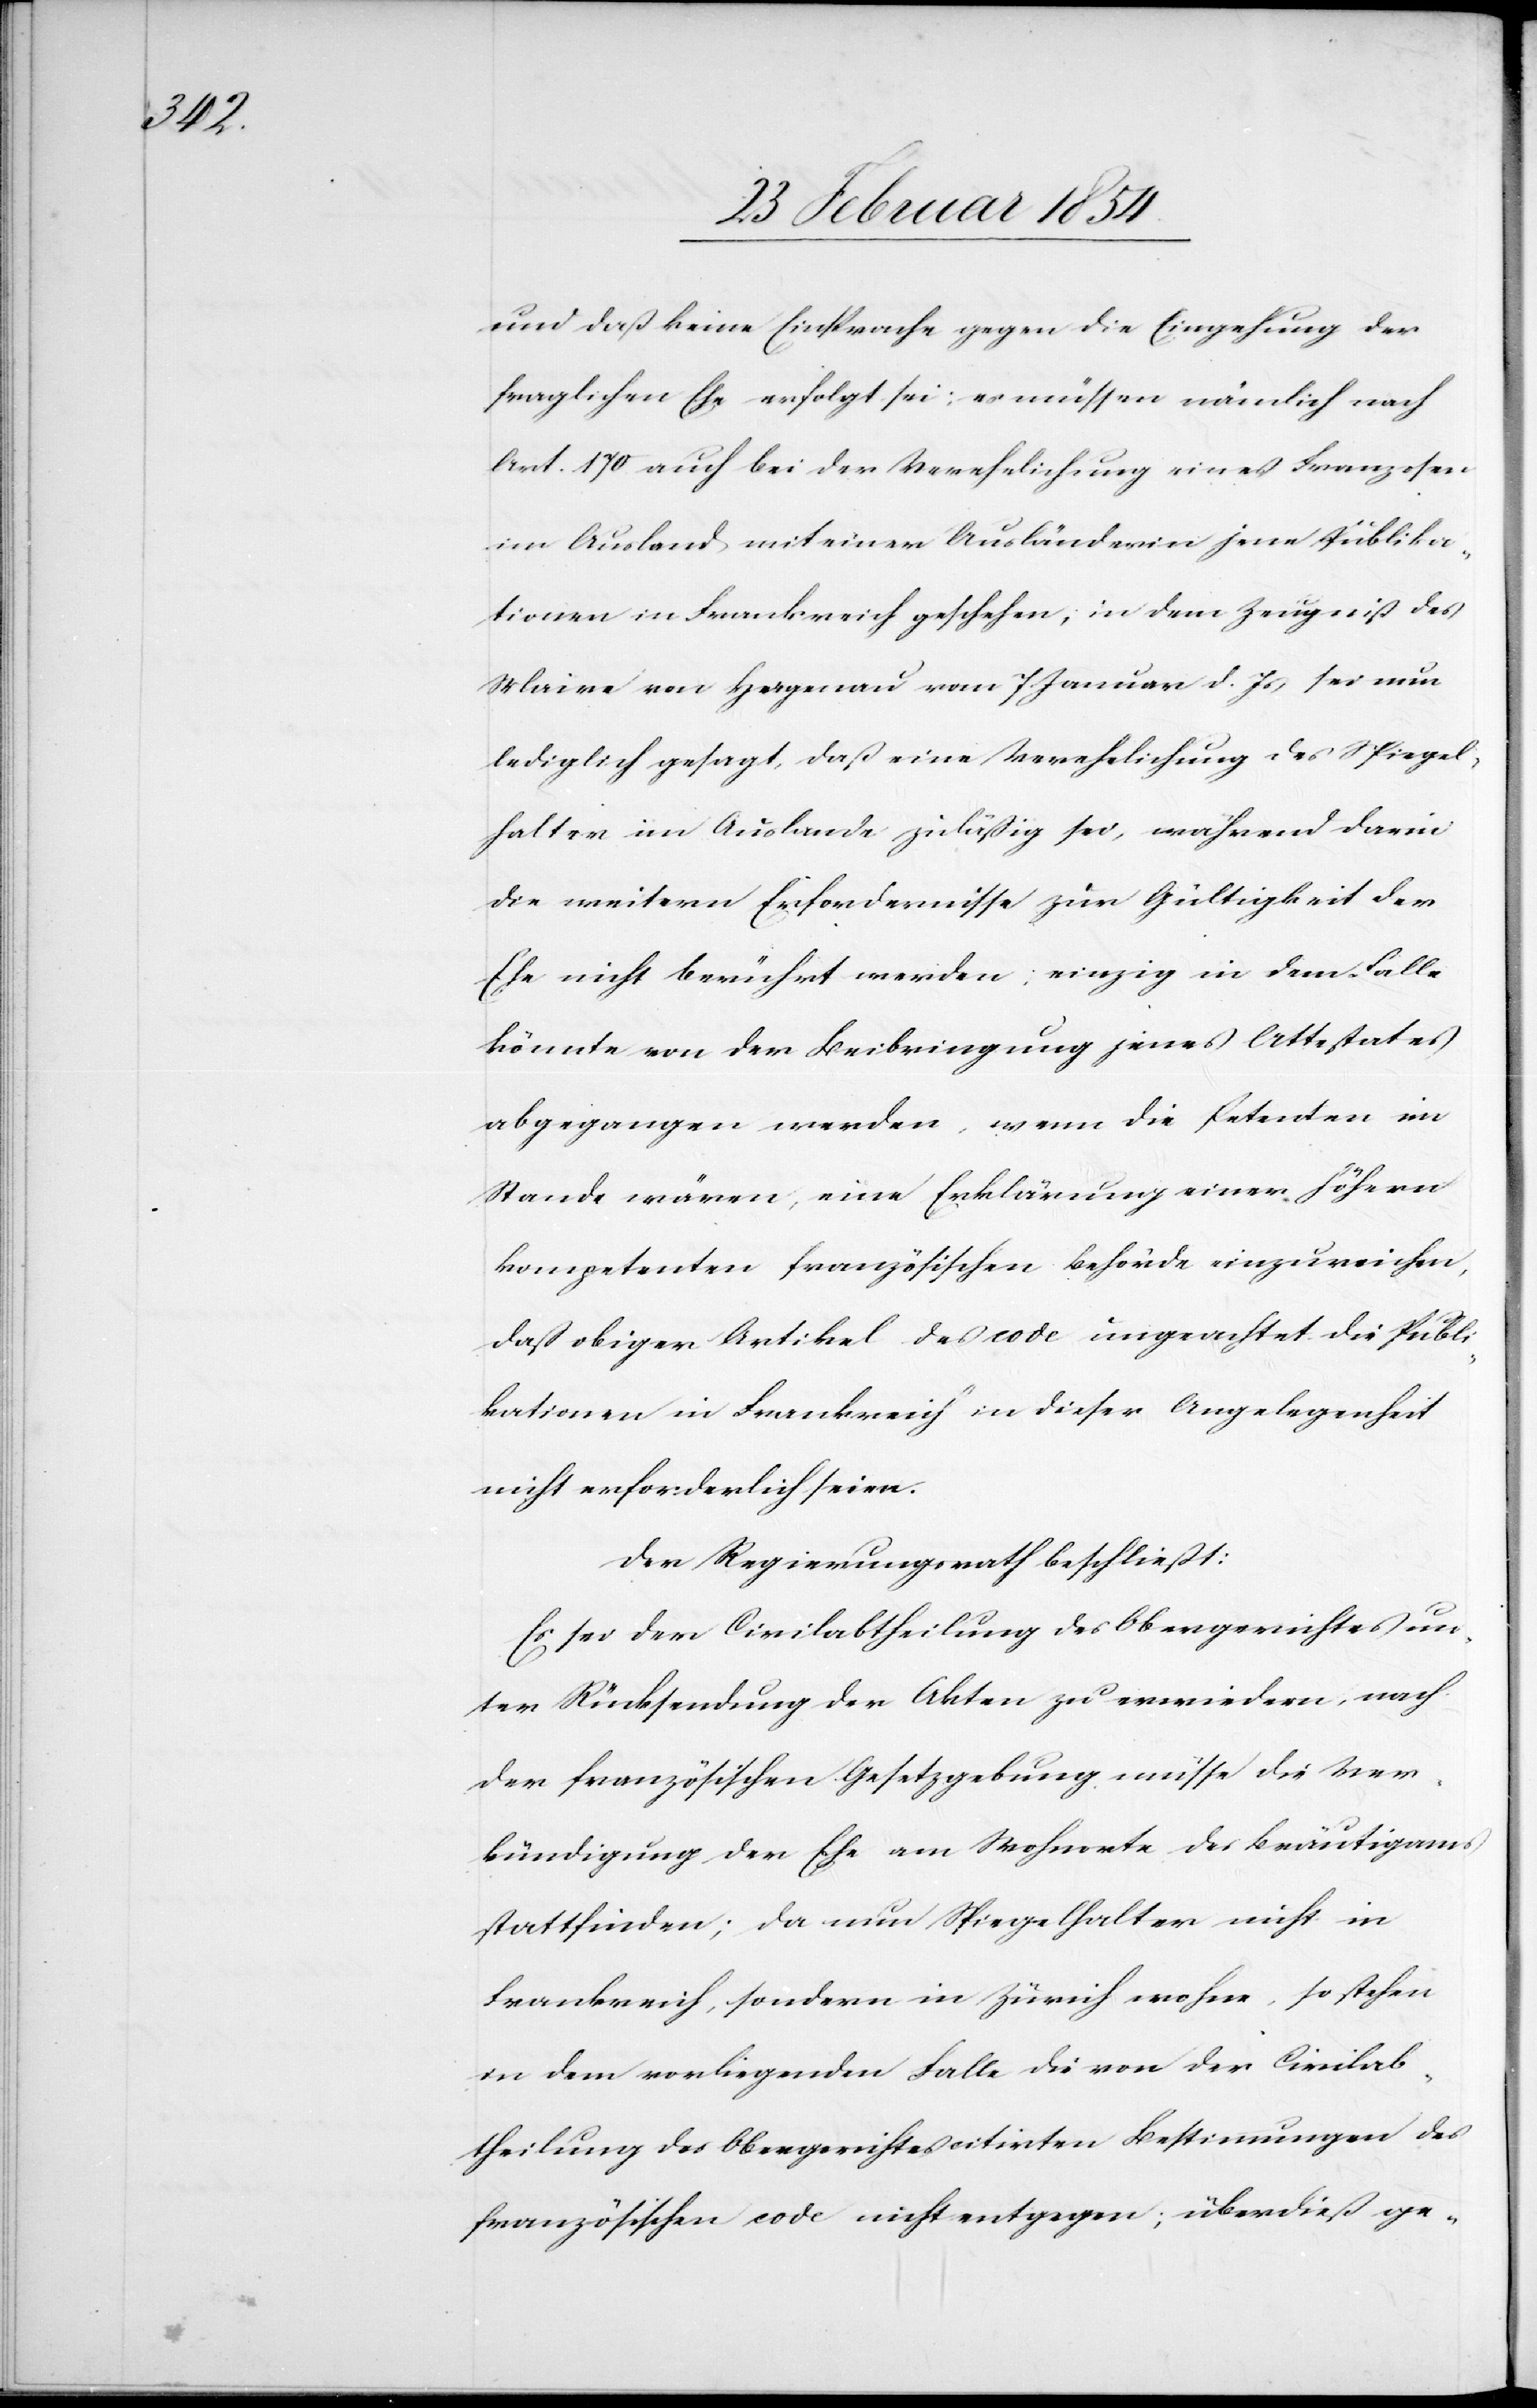
und daß keine Einsprache gegen die Eingehung der
fraglichen Ehe erfolgt sei; es müssen nämlich nach
Art. 170 auch bei der Verehelichung eines Franzosen
im Ausland mit einer Ausländerin jene Püblika¬
tionen in Frankreich geschehen, in dem Zeugniß des
Maire von Hagenau vom 7. Januar d. Js sei nun
lediglich gesagt, daß eine Verehelichung des Spiegel¬
halter im Auslande zuläßig sei, während darin
die weitern Erfordernisse zur Gültigkeit der
Ehe nicht berührt werden; einzig in dem Falle
könnte von der Beibringung jenes Attestates
abgegangen werden, wenn die Petenten im
Stande wären, eine Erklärung einer höhern
kompetenten französischen Behörde einzureichen,
daß obiger Artikel des code ungeachtet die Publi¬
kationen in Frankreich in dieser Angelegenheit
nicht erforderlich seien.
Der Regierungsrath beschließt:
Es sei der Civilabtheilung des Obergerichtes un¬
ter Rücksendung der Akten zu erwiedern, nach
der französischen Gesetzgebung müsse die Ver¬
kündigung der Ehe am Wohnorte des Bräutigams
stattfinden; da nun Spiegelhalter nicht in
Frankreich, sondern in Zürich wohne, so stehen
in dem vorliegenden Falle die von der Civilab¬
theilung des Obergerichtes citirten Bestimmungen des
französischen code nicht entgegen; überdieß ge-